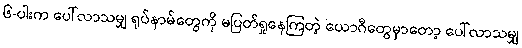
၆-ပါးက ပေါ်လာသမျှ ရုပ်နာမ်တွေကို မပြတ်ရှုနေကြတဲ့ ယောဂီတွေမှာတော့ ပေါ်လာသမျှ